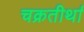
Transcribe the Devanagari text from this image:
चक्रतीर्था